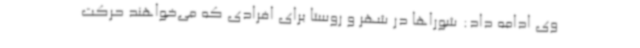
وی ادامه داد: شوراها در شهر و روستا برای افرادی که می‌خواهند حرکت